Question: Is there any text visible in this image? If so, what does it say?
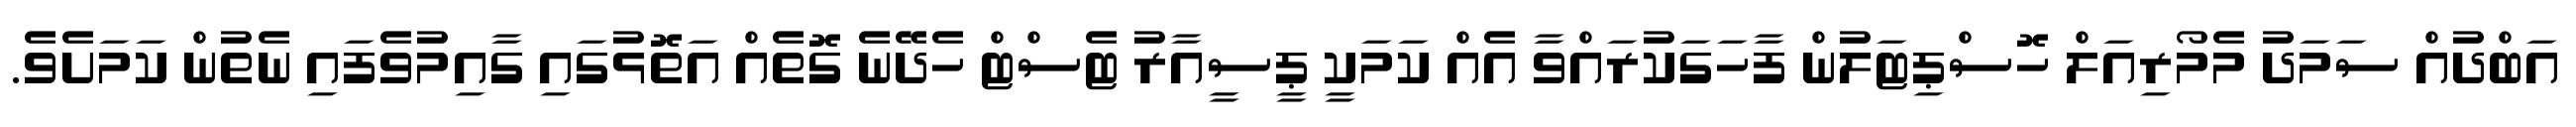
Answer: އަބްދުއް ސަމަދު މެމޯރިއަލް ހޮސްޕިޓަލުން ފާހަގަކުރައްވާ އެއް ކަމަކީ ޕީސީއާރު ޓެސްޓް ހެދޭނެ ގޮތެއް އަތޮޅުގައި ގާއިމުވެފައި ނެތުން ކަމަށެވެ.